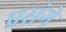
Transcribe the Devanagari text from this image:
प्रसंगे